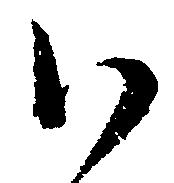
い